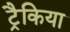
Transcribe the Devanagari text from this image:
ट्रैकिया